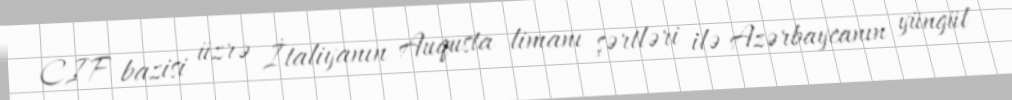
CIF bazisi üzrə İtaliyanın Auqusta limanı şərtləri ilə Azərbaycanın yüngül